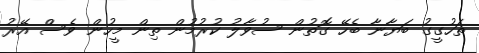
ތަހުގީގު ބަޔާނާ ބެހޭ ގޮތުން ސުވާލު ކުރުމުން ތިން މީހުން ވެސް އޭރު